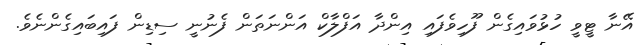
އޭނާ ޓީވީ ހުޅުވައިގެން ފޫހިވެފައި އިންދާ އަފްލާކް އަންނަތަން ފެނުނީ ސިޑިން ފައިބައިގެންނެވެ.